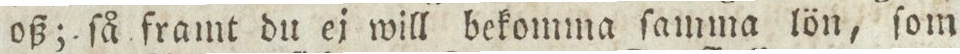
oß; ſå framt du ej will bekomma ſamma lön, ſom